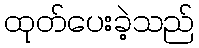
ထုတ်ပေးခဲ့သည်